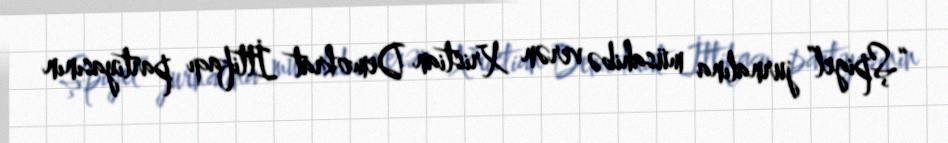
“Şpigel” jurnalına müsahibə verən Xristian Demokrat İttifaqı partiyasının